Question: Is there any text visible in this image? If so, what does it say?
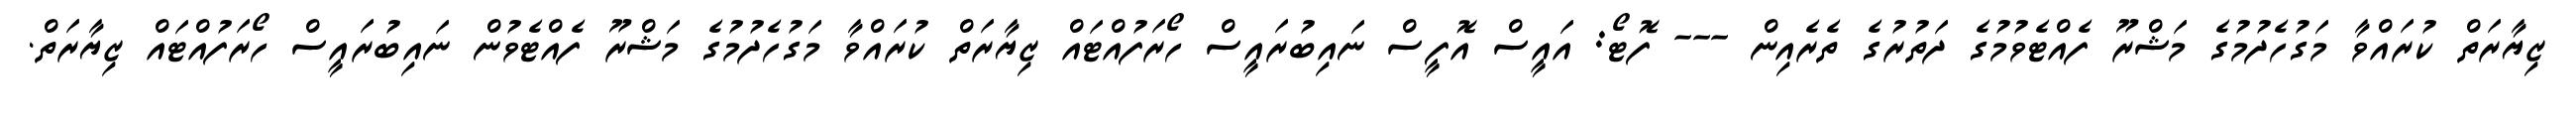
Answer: ޒިޔާރަތް ކުރައްވާ މަގުހެދުމުގެ މަޝްރޫ ފެއްޓެވުމުގެ ދަތުރުގެ ތެރެއިން --- ފޮޓޯ: އައީސް އޮފީސް ނައިބުރައީސް ހޯރަފުއްޓައް ޒިޔާރަތް ކުރައްވާ މަގުހެދުމުގެ މަޝްރޫ ފެއްޓެވުން ނައިބުރައީސް ހޯރަފުއްޓައް ޒިޔާރަތް.